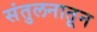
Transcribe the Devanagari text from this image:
संतुलनातून